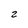
Character: z